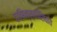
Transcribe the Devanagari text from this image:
कझिन्स्कीशिवाय